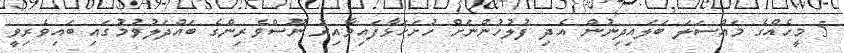
5 މީހެއްގެ މައްސަލަ ބަލައިދިނުން އެދި ފުލުހުންނަށް ހުށަހަޅާފައިވާއިރު ނޫސްވެރިންގެ ބައްދަލުވުމުގައި ބައިވެރިވީ